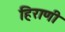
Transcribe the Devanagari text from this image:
हिराणी